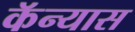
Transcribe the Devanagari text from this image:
कॅन्यास